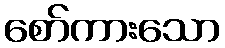
စော်ကားသော